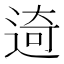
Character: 𨓾